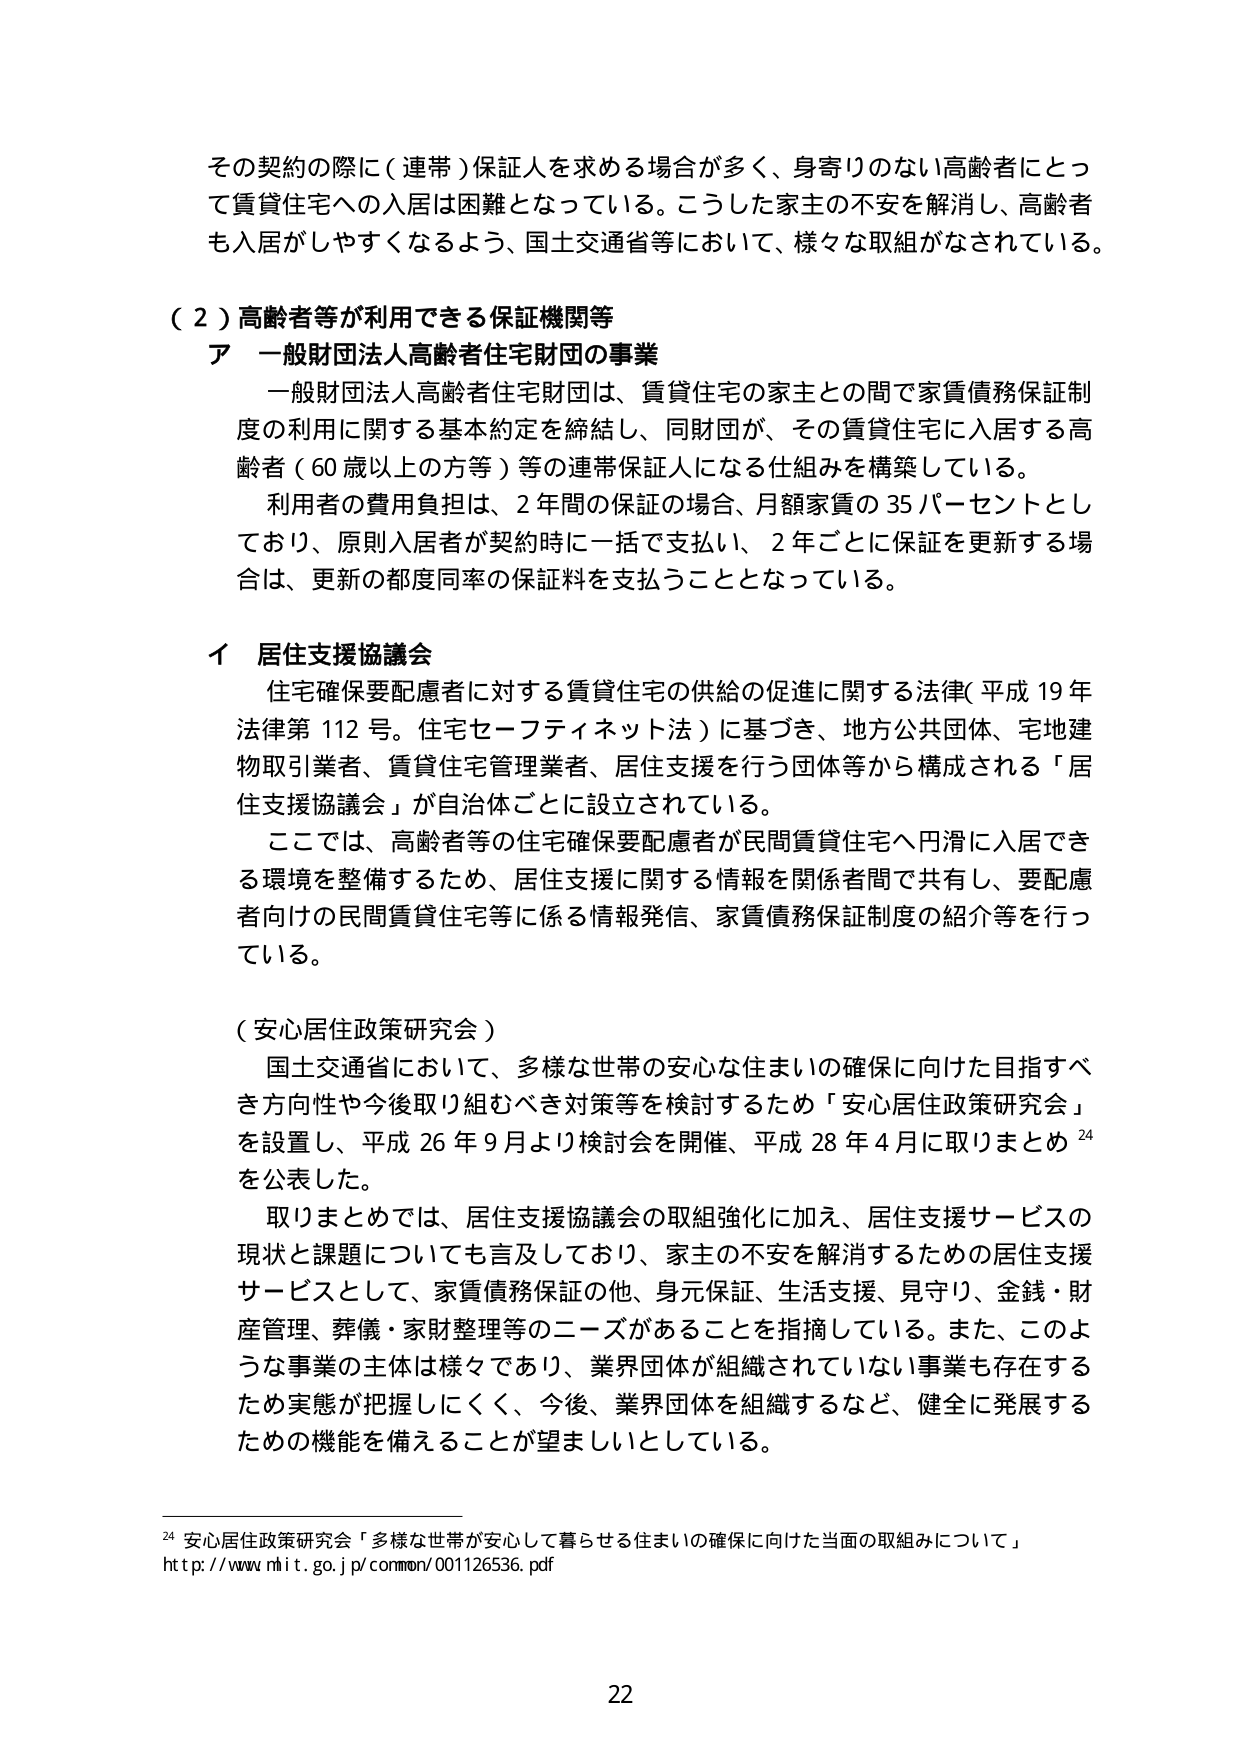
その契約の際に（連帯）保証人を求める場合が多く、身寄りのない高齢者にとって賃貸住宅への入居は困難となっている。こうした家主の不安を解消し、高齢者も入居がしやすくなるよう、国土交通省等において、様々な取組がなされている。

（２）高齢者等が利用できる保証機関等

ア 一般財団法人高齢者住宅財団の事業

一般財団法人高齢者住宅財団は、賃貸住宅の家主との間で家賃債務保証制度の利用に関する基本約定を締結し、同財団が、その賃貸住宅に入居する高齢者（60歳以上の方等）等の連帯保証人になる仕組みを構築している。

利用者の費用負担は、2年間の保証の場合、月額家賃の35パーセントとしており、原則入居者が契約時に一括で支払い、2年ごとに保証を更新する場合は、更新の都度同率の保証料を支払うこととなっている。

イ 居住支援協議会

住宅確保要配慮者に対する賃貸住宅の供給の促進に関する法律（平成19年法律第112号。住宅セーフティネット法）に基づき、地方公共団体、宅地建物取引業者、賃貸住宅管理業者、居住支援を行う団体等から構成される「居住支援協議会」が自治体ごとに設立されている。

ここでは、高齢者等の住宅確保要配慮者が民間賃貸住宅へ円滑に入居できる環境を整備するため、居住支援に関する情報を関係者間で共有し、要配慮者向けの民間賃貸住宅等に係る情報発信、家賃債務保証制度の紹介等を行っている。

（安心居住政策研究会）

国土交通省において、多様な世帯の安心な住まいの確保に向けた目指すべき方向性や今後取り組むべき対策等を検討するため「安心居住政策研究会」を設置し、平成26年9月より検討会を開催、平成28年4月に取りまとめ24を公表した。

取りまとめでは、居住支援協議会の取組強化に加え、居住支援サービスの現状と課題についても言及しており、家主の不安を解消するための居住支援サービスとして、家賃債務保証の他、身元保証、生活支援、見守り、金銭・財産管理、葬儀・家財整理等のニーズがあることを指摘している。また、このような事業の主体は様々であり、業界団体が組織されていない事業も存在するため実態が把握しにくく、今後、業界団体を組織するなど、健全に発展するための機能を備えることが望ましいとしている。

24 安心居住政策研究会「多様な世帯が安心して暮らせる住まいの確保に向けた当面の取組みについて」
http://www.mlit.go.jp/common/001126536.pdf

22